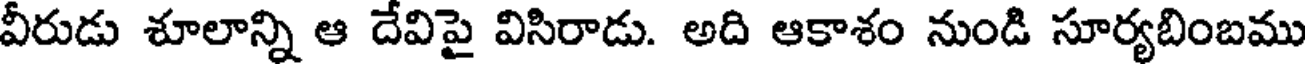
వీరుడు శూలాన్ని ఆ దేవిపై విసిరాడు. అది ఆకాశం నుండి సూర్యబింబము